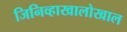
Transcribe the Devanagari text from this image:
जिनिव्हाखालोखाल